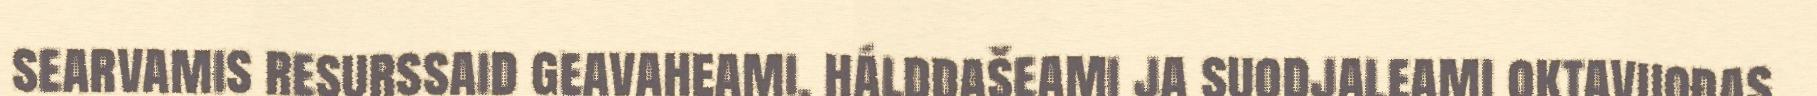
searvamis resurssaid geavaheami, hálddašeami ja suodjaleami oktavuođas,